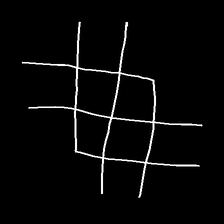
Glyph: crystal